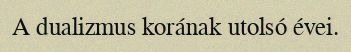
A dualizmus korának utolsó évei.